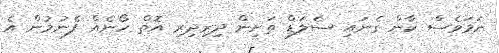
ނަމަވެސް ކާން ގެނައި ސެލަޑް ތަށިން ދިރިދިރި އޮތް ހޯނެއް ފެނުމުން އެ